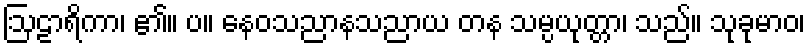
ဩဠာရိကာ၊ ၏။ ပ။ နေဝသညာနသညာယ တန သမ္ပယုတ္တာ၊ သည်။ သုခုမာဝ၊